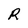
Character: R